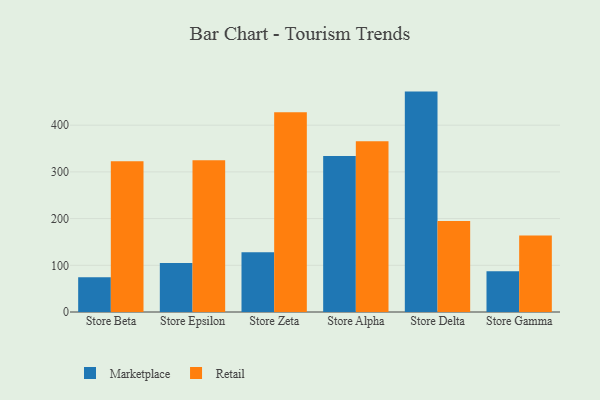
{"axis": {"x": "Store", "y": "Market Share (%)"}, "legend": ["Marketplace", "Retail"], "data": [{"x": "Store Beta", "y": 74.4, "type": "Marketplace"}, {"x": "Store Beta", "y": 322.8, "type": "Retail"}, {"x": "Store Epsilon", "y": 105.1, "type": "Marketplace"}, {"x": "Store Epsilon", "y": 324.7, "type": "Retail"}, {"x": "Store Zeta", "y": 127.8, "type": "Marketplace"}, {"x": "Store Zeta", "y": 427.8, "type": "Retail"}, {"x": "Store Alpha", "y": 333.8, "type": "Marketplace"}, {"x": "Store Alpha", "y": 365.7, "type": "Retail"}, {"x": "Store Delta", "y": 471.9, "type": "Marketplace"}, {"x": "Store Delta", "y": 195.1, "type": "Retail"}, {"x": "Store Gamma", "y": 87.1, "type": "Marketplace"}, {"x": "Store Gamma", "y": 164.0, "type": "Retail"}]}